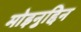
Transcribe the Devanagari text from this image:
मोइनुद्दिन